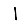
Digit: 1